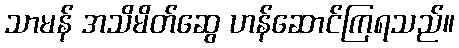
သာမန် အသိမိတ်ဆွေ ဟန်ဆောင်ကြရသည်။